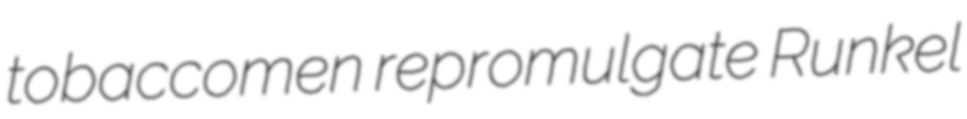
tobaccomen repromulgate Runkel